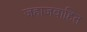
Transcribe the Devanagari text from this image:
जहाजवाहित